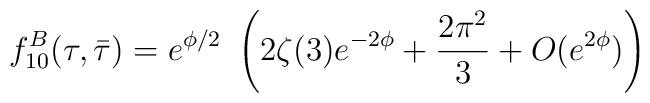
f_{10}^B(\tau,\bar\tau)= e^{\phi/2}~\left( 2\zeta(3) e^{-2\phi} + \frac{2\pi^2}{3} + O(e^{2\phi}) \right)